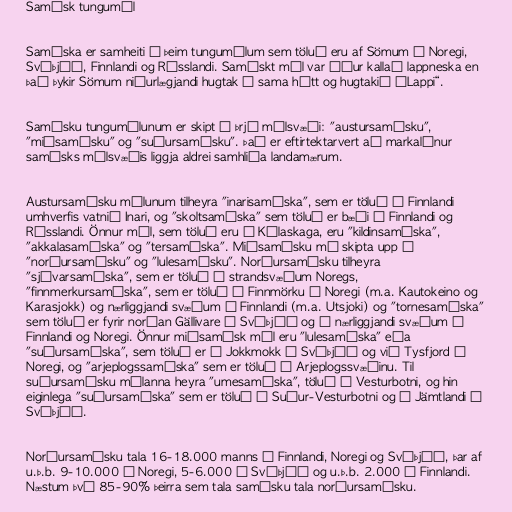
Samísk tungumál

Samíska er samheiti á þeim tungumálum sem töluð eru af Sömum í Noregi,
Svíþjóð, Finnlandi og Rússlandi. Samískt mál var áður kallað lappneska en
það þykir Sömum niðurlægjandi hugtak á sama hátt og hugtakið „Lappi“.

Samísku tungumálunum er skipt í þrjú málsvæði: "austursamísku",
"miðsamísku" og "suðursamísku". Það er eftirtektarvert að markalínur
samísks málsvæðis liggja aldrei samhliða landamærum.

Austursamísku málunum tilheyra "inarisamíska", sem er töluð í Finnlandi
umhverfis vatnið Inari, og "skoltsamíska" sem töluð er bæði í Finnlandi og
Rússlandi. Önnur mál, sem töluð eru á Kólaskaga, eru "kildinsamíska",
"akkalasamíska" og "tersamíska". Miðsamísku má skipta upp í
"norðursamísku" og "lulesamísku". Norðursamísku tilheyra
"sjávarsamíska", sem er töluð á strandsvæðum Noregs,
"finnmerkursamíska", sem er töluð í Finnmörku í Noregi (m.a. Kautokeino og
Karasjokk) og nærliggjandi svæðum í Finnlandi (m.a. Utsjoki) og "tornesamíska"
sem töluð er fyrir norðan Gällivare í Svíþjóð og á nærliggjandi svæðum í
Finnlandi og Noregi. Önnur miðsamísk mál eru "lulesamíska" eða
"suðursamíska", sem töluð er í Jokkmokk í Svíþjóð og við Tysfjord í
Noregi, og "arjeplogssamíska" sem er töluð á Arjeplogssvæðinu. Til
suðursamísku málanna heyra "umesamíska", töluð í Vesturbotni, og hin
eiginlega "suðursamíska" sem er töluð í Suður-Vesturbotni og á Jämtlandi í
Svíþjóð.

Norðursamísku tala 16-18.000 manns í Finnlandi, Noregi og Svíþjóð, þar af
u.þ.b. 9-10.000 í Noregi, 5-6.000 í Svíþjóð og u.þ.b. 2.000 í Finnlandi.
Næstum því 85-90% þeirra sem tala samísku tala norðursamísku.